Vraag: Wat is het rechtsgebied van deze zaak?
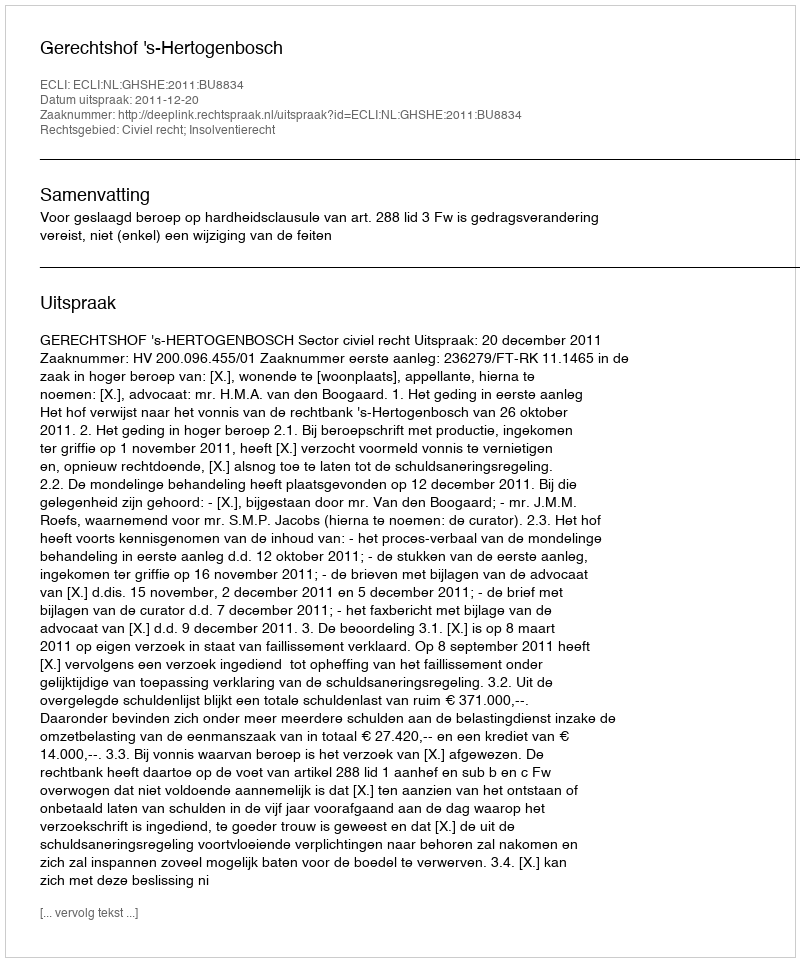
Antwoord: Civiel recht; Insolventierecht